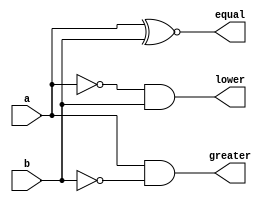
`timescale 1ns / 1ps
//////////////////////////////////////////////////////////////////////////////////
// Company: 
// Engineer: 
// 
// Design Name: 
// Module Name: onebit_compa
// Project Name: 
// Target Devices: 
// Tool Versions: 
// Description: 
// 
// Dependencies: 
// 
// Revision:
// Revision 0.01 - File Created
// Additional Comments:
// 
//////////////////////////////////////////////////////////////////////////////////


module onebit_compa ( a ,b ,equal ,greater ,lower );
output equal ;
output greater ;
output lower ;
input a ;
input b ;
assign equal = a ~^ b;
assign lower = (~a) & b;
assign greater = a & (~b);
endmodule